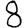
Digit: 8